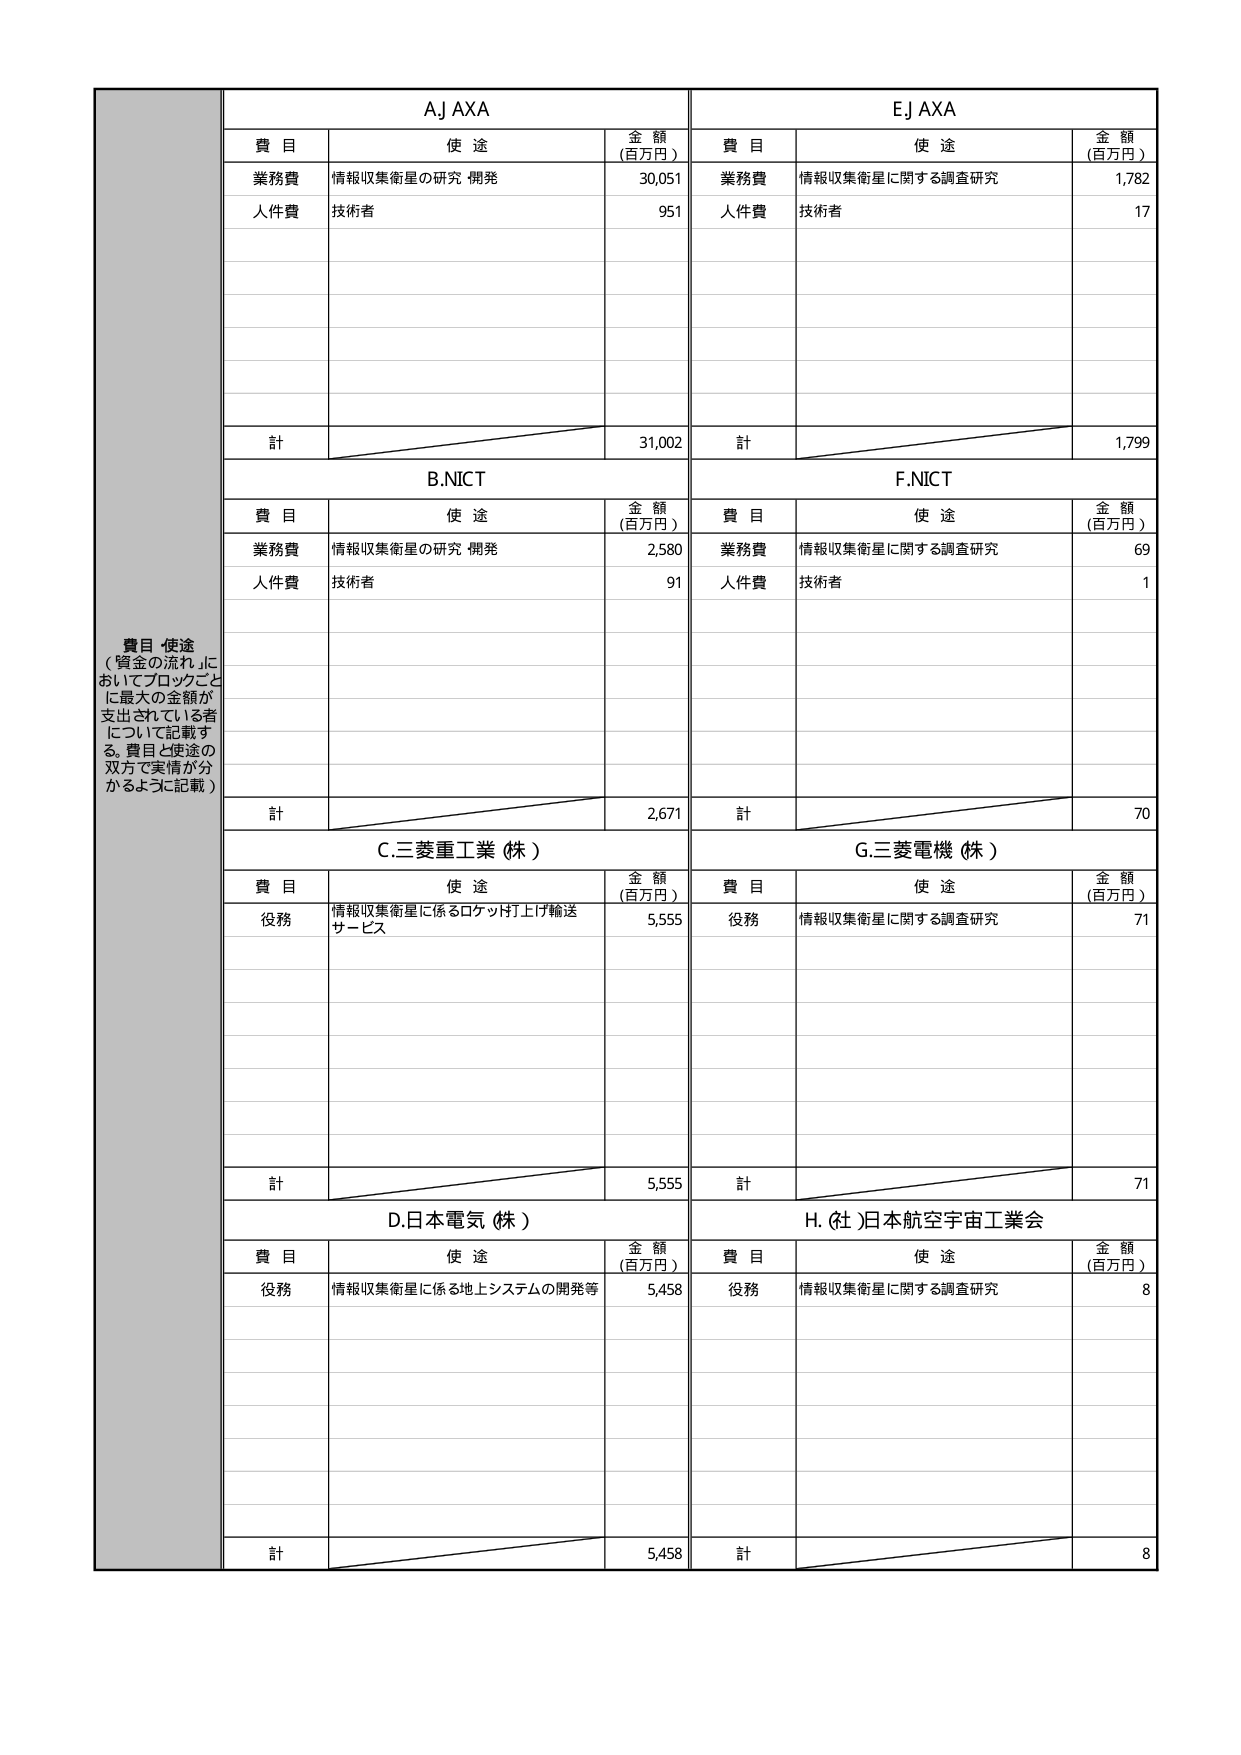
費目 使途
（資金の流れ」に
おいてブロックごと
に最大の金額が
支出されている者
について記載す
る。費目と使途の
双方で実情が分
かるように記載）

AJ AXA
費目 使途 金額
（百万円）
業務費 情報収集衛星の研究 開発 30,051
人件費 技術者 951
計 31,002

EJ AXA
費目 使途 金額
（百万円）
業務費 情報収集衛星に関する調査研究 1,782
人件費 技術者 17
計 1,799

B.NICT
費目 使途 金額
（百万円）
業務費 情報収集衛星の研究 開発 2,580
人件費 技術者 91
計 2,671

F.NICT
費目 使途 金額
（百万円）
業務費 情報収集衛星に関する調査研究 69
人件費 技術者 1
計 70

C.三菱重工業（株）
費目 使途 金額
（百万円）
役務 情報収集衛星に係るロケット打上げ輸送
サービス 5,555
計 5,555

G.三菱電機（株）
費目 使途 金額
（百万円）
役務 情報収集衛星に関する調査研究 71
計 71

D.日本電気（株）
費目 使途 金額
（百万円）
役務 情報収集衛星に係る地上システムの開発等 5,458
計 5,458

H.（社）日本航空宇宙工業会
費目 使途 金額
（百万円）
役務 情報収集衛星に関する調査研究 8
計 8